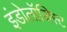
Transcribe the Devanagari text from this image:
इंडोलॉजिस्ट